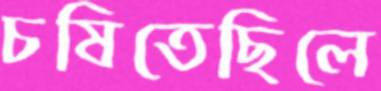
চষিতেছিলে